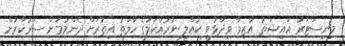
މިނިސްޓަރު އައިޝަތު އާޒިމާ ވިދާޅުވީ ކުއްލި ނުރައްކަލުގެ ހާލަތު އިތުރަށް ދެންމުމަށް ސަރުކާރުން